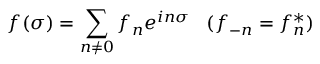
f ( \sigma ) = \sum _ { n \ne 0 } f _ { n } e ^ { i n \sigma } \; \; \; ( f _ { - n } = f _ { n } ^ { * } )